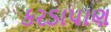
કરડાપાણ